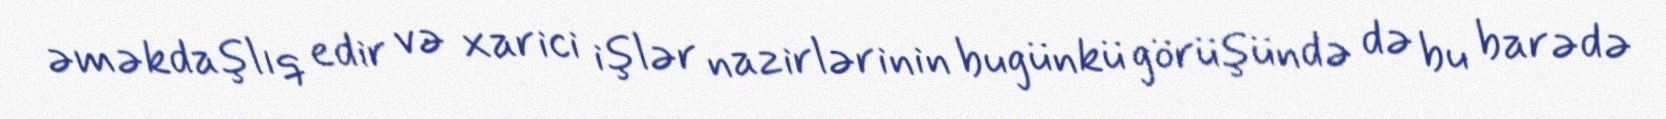
əməkdaşlıq edir və xarici işlər nazirlərinin bugünkü görüşündə də bu barədə